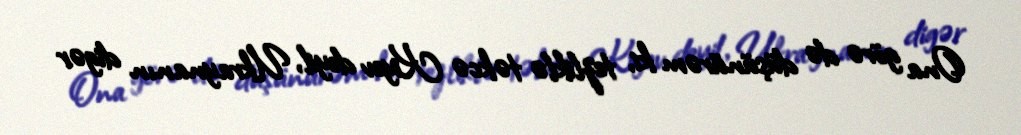
Ona görə də düşünürəm ki, tezliklə təkcə Kiyev deyil, Ukraynanın digər